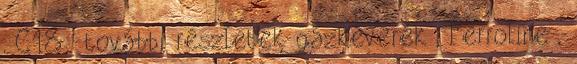
, C18 . további részletek gázkeverék , Ferroline ,